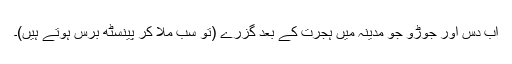
اب دس اور جوڑو جو مدینہ میں ہجرت کے بعد گزرے (تو سب ملا کر پینسٹھ برس ہوتے ہیں)۔